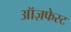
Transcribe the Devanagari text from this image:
ऑज़फेस्ट